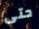
حتى